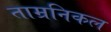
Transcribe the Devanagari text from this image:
ताम्रनिकल